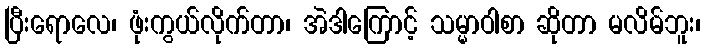
ပြီးရောလေ၊ ဖုံးကွယ်လိုက်တာ၊ အဲဒါကြောင့် သမ္မာဝါစာ ဆိုတာ မလိမ်ဘူး၊